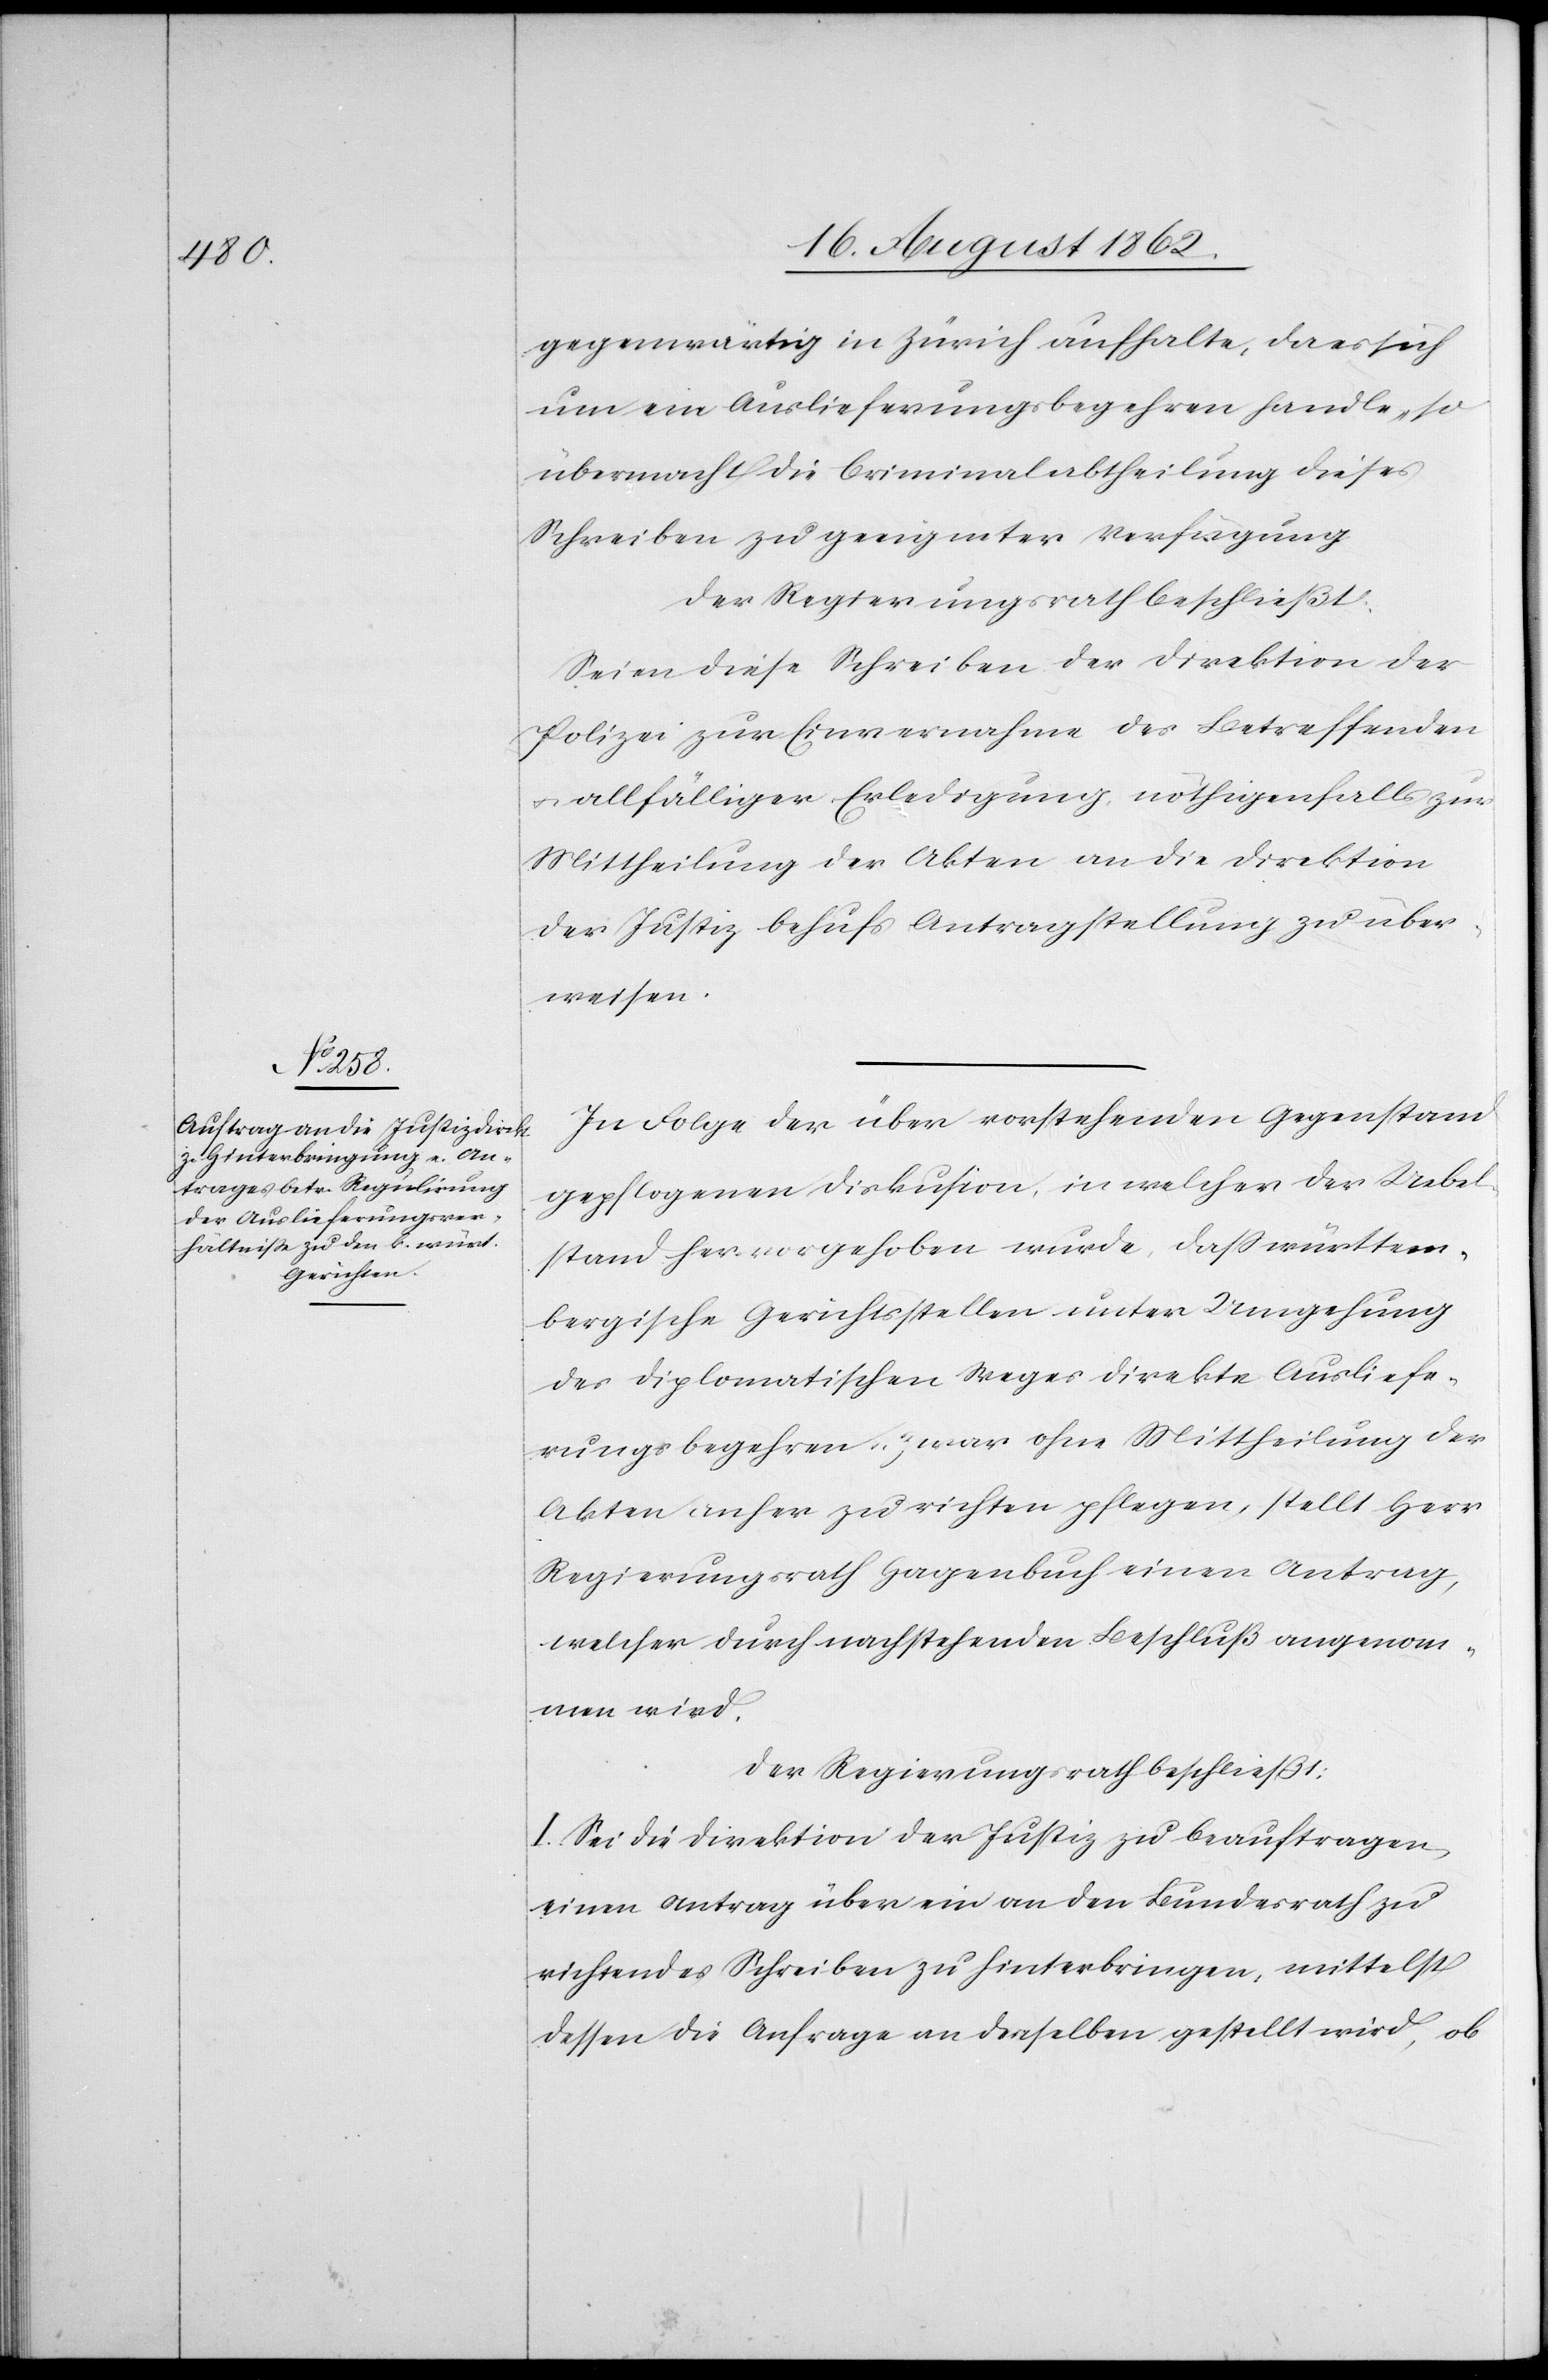
gegenwärtig in Zürich aufhalte, da es sich
um ein Auslieferungsbegehren handle, so
übermacht die Criminalabtheilung dieses
Schreiben zu geeigneter Verfügung.
Der Regierungsrath beschließt:
Seien diese Schreiben der Direktion der
Polizei zur Einvernahme des Betreffenden
u. allfälliger Erledigung, nöthigenfalls zur
Mittheilung der Akten an die Direktion
der Justiz behufs Antragstellung zu über¬
weisen.
In Folge der über vorstehenden Gegenstand
gepflogenen Diskus[s]ion, in welcher der Uebel¬
stand hervorgehoben wurde, daß württem¬
bergische Gerichtsstellen unter Umgehung
des diplomatischen Weges direkte Ausliefe¬
rungsbegehren u. zwar ohne Mittheilung der
Akten anher zu richten pflegen, stellt Herr
Regierungsrath Hagenbuch einen Antrag,
welcher durch nachstehenden Beschluß angenom¬
men wird.
Der Regierungsrath beschließt:
I. Sei die Direktion der Justiz zu beauftragen,
einen Antrag über ein an den Bundesrath zu
richtendes Schreiben zu hinterbringen, mittelst
dessen die Anfrage an denselben gestellt wird, ob